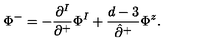
\Phi ^ { - } = - \frac { \partial ^ { I } } { \partial ^ { + } } \Phi ^ { I } + \frac { d - 3 } { \hat { \partial } ^ { + } } \Phi ^ { z } .